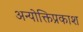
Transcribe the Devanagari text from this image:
अन्योक्तिप्रकाश